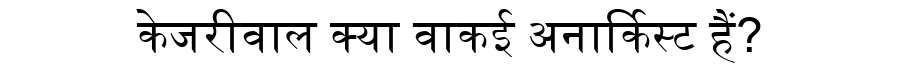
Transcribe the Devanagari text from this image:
केजरीवाल क्या वाकई अनार्किस्ट हैं?